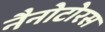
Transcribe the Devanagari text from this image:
नैनोटोरस